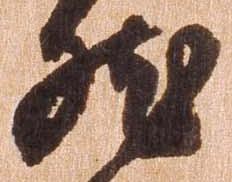
然